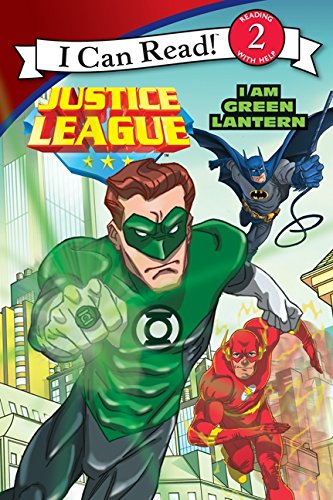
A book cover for Justice League Classic: I Am Green Lantern (I Can Read Level 2); Ray Santos; Children's Books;